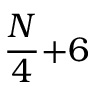
\frac { N } { 4 } { + } 6